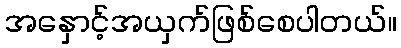
အနှောင့်အယှက်ဖြစ်စေပါတယ်။